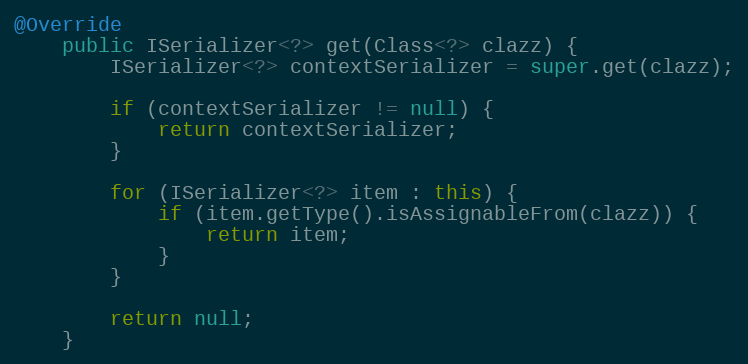
Language: Java
@Override
    public ISerializer<?> get(Class<?> clazz) {
        ISerializer<?> contextSerializer = super.get(clazz);

        if (contextSerializer != null) {
            return contextSerializer;
        }

        for (ISerializer<?> item : this) {
            if (item.getType().isAssignableFrom(clazz)) {
                return item;
            }
        }

        return null;
    }